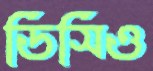
ডিসিও